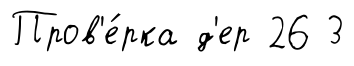
Пров'е́рка д'ер 26 3